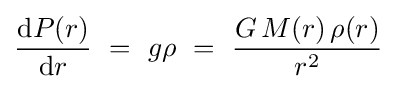
{\frac {{\text{d}}P(r)}{{\text{d}}r}}\ =\ g\rho \ =\ {\frac {G\,M(r)\,\rho (r)}{r^{2}}}